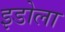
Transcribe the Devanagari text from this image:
इडोला